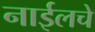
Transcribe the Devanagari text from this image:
नाईलचे